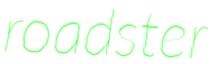
roadster